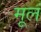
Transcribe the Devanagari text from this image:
मूलं